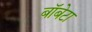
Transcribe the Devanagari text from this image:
बॉबेटा